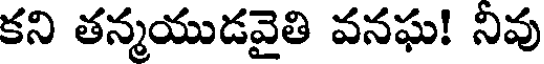
కని తన్మయుడవైతి వనఘ! నివు